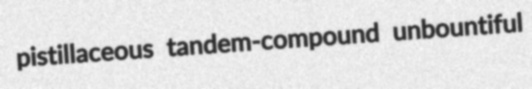
pistillaceous tandem-compound unbountiful